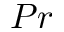
P r